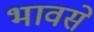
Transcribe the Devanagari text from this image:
भावसे